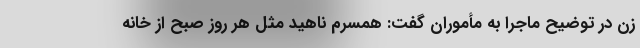
زن در توضیح ماجرا به مأموران گفت: همسرم ناهید مثل هر روز صبح از خانه